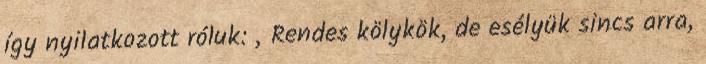
így nyilatkozott róluk: „Rendes kölykök, de esélyük sincs arra,